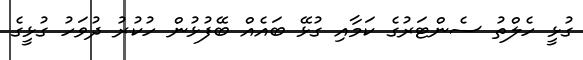
ގުޅީ ހެލްތު ސެންޓަރުގެ ކަމާއި ގުޅޭ ބައެއް ބޭފުޅުން ހުކުރު ދުވަހު ގުޅީގެ